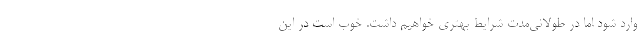
وارد شود اما در طولانی‌مدت شرایط بهتری خواهیم داشت. خوب است در این